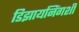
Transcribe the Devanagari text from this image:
डिझायनिंगशी